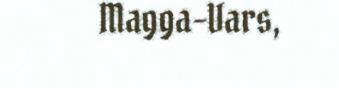
Magga-Vars,